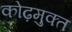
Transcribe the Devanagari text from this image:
कोढ़मुक्त